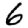
Digit: 6